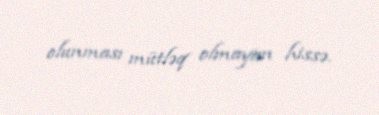
olunması mütləq olmayan hissə.